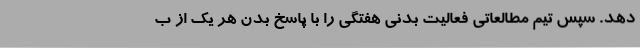
دهد. سپس تیم مطالعاتی فعالیت بدنی هفتگی را با پاسخ بدن هر یک از ب